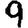
Digit: 9